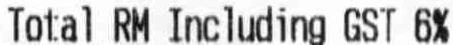
TOTAL RM INCLUDING GST 6%